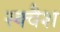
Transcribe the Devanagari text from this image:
स्‍क्‍वैश